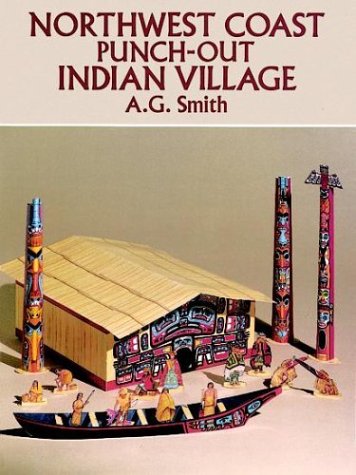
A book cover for Northwest Coast Punch-Out Indian Village (Punch-Out Paper Toys); A. G. Smith; Teen & Young Adult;